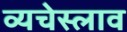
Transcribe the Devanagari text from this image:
व्यचेस्लाव